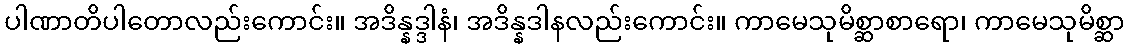
ပါဏာတိပါတောလည်းကောင်း။ အဒိန္နဒ္ဒါနံ၊ အဒိန္နဒါနလည်းကောင်း။ ကာမေသုမိစ္ဆာစာရော၊ ကာမေသုမိစ္ဆာ